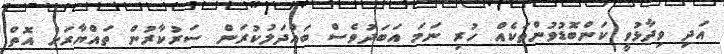
އަދި ވިދާޅުވީ ކަންބޮޑުވުންތަކެއް ހުރި ނަމަ އަބަދުވެސް ބައްދަލުކުރަން ސަރުކާރުން ތައްޔާރަށް އޮތް